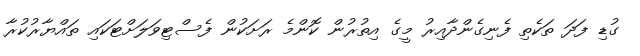
ގުޑި ފަދަ ތަކެތި ފެނިގެންދާއިރު މީގެ އިތުރުން ކޮންމެ ރަށަކުން ފެސްޓިވަލަށްޓަކައި ތައްޔާރުކުރާ